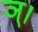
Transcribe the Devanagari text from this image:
ञ्।